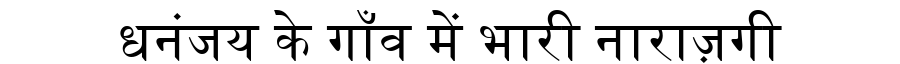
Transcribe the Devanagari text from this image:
धनंजय के गाँव में भारी नाराज़गी